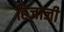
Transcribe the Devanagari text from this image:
हिजाजी